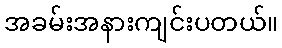
အခမ်းအနားကျင်းပတယ်။